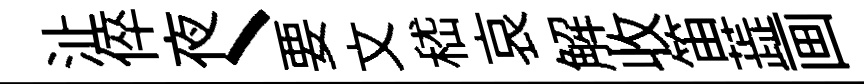
沚倅夜丶要文嵇哀解收笛蕋画